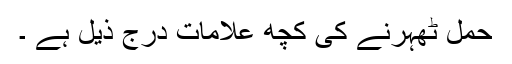
حمل ٹھہرنے کی کچھ علامات درج ذیل ہے ۔